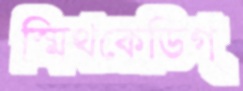
স্মিথকেডিগ্